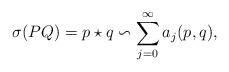
LaTeX: \begin{align*} \sigma(PQ) = p \star q \backsim \sum_{j=0}^\infty a_j(p,q),\end{align*}